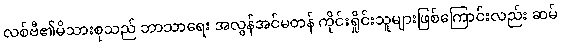
လစ်ဗီ၏မိသားစုသည် ဘာသာရေး အလွန်အင်မတန် ကိုင်းရှိုင်းသူများဖြစ်ကြောင်းလည်း ဆမ်